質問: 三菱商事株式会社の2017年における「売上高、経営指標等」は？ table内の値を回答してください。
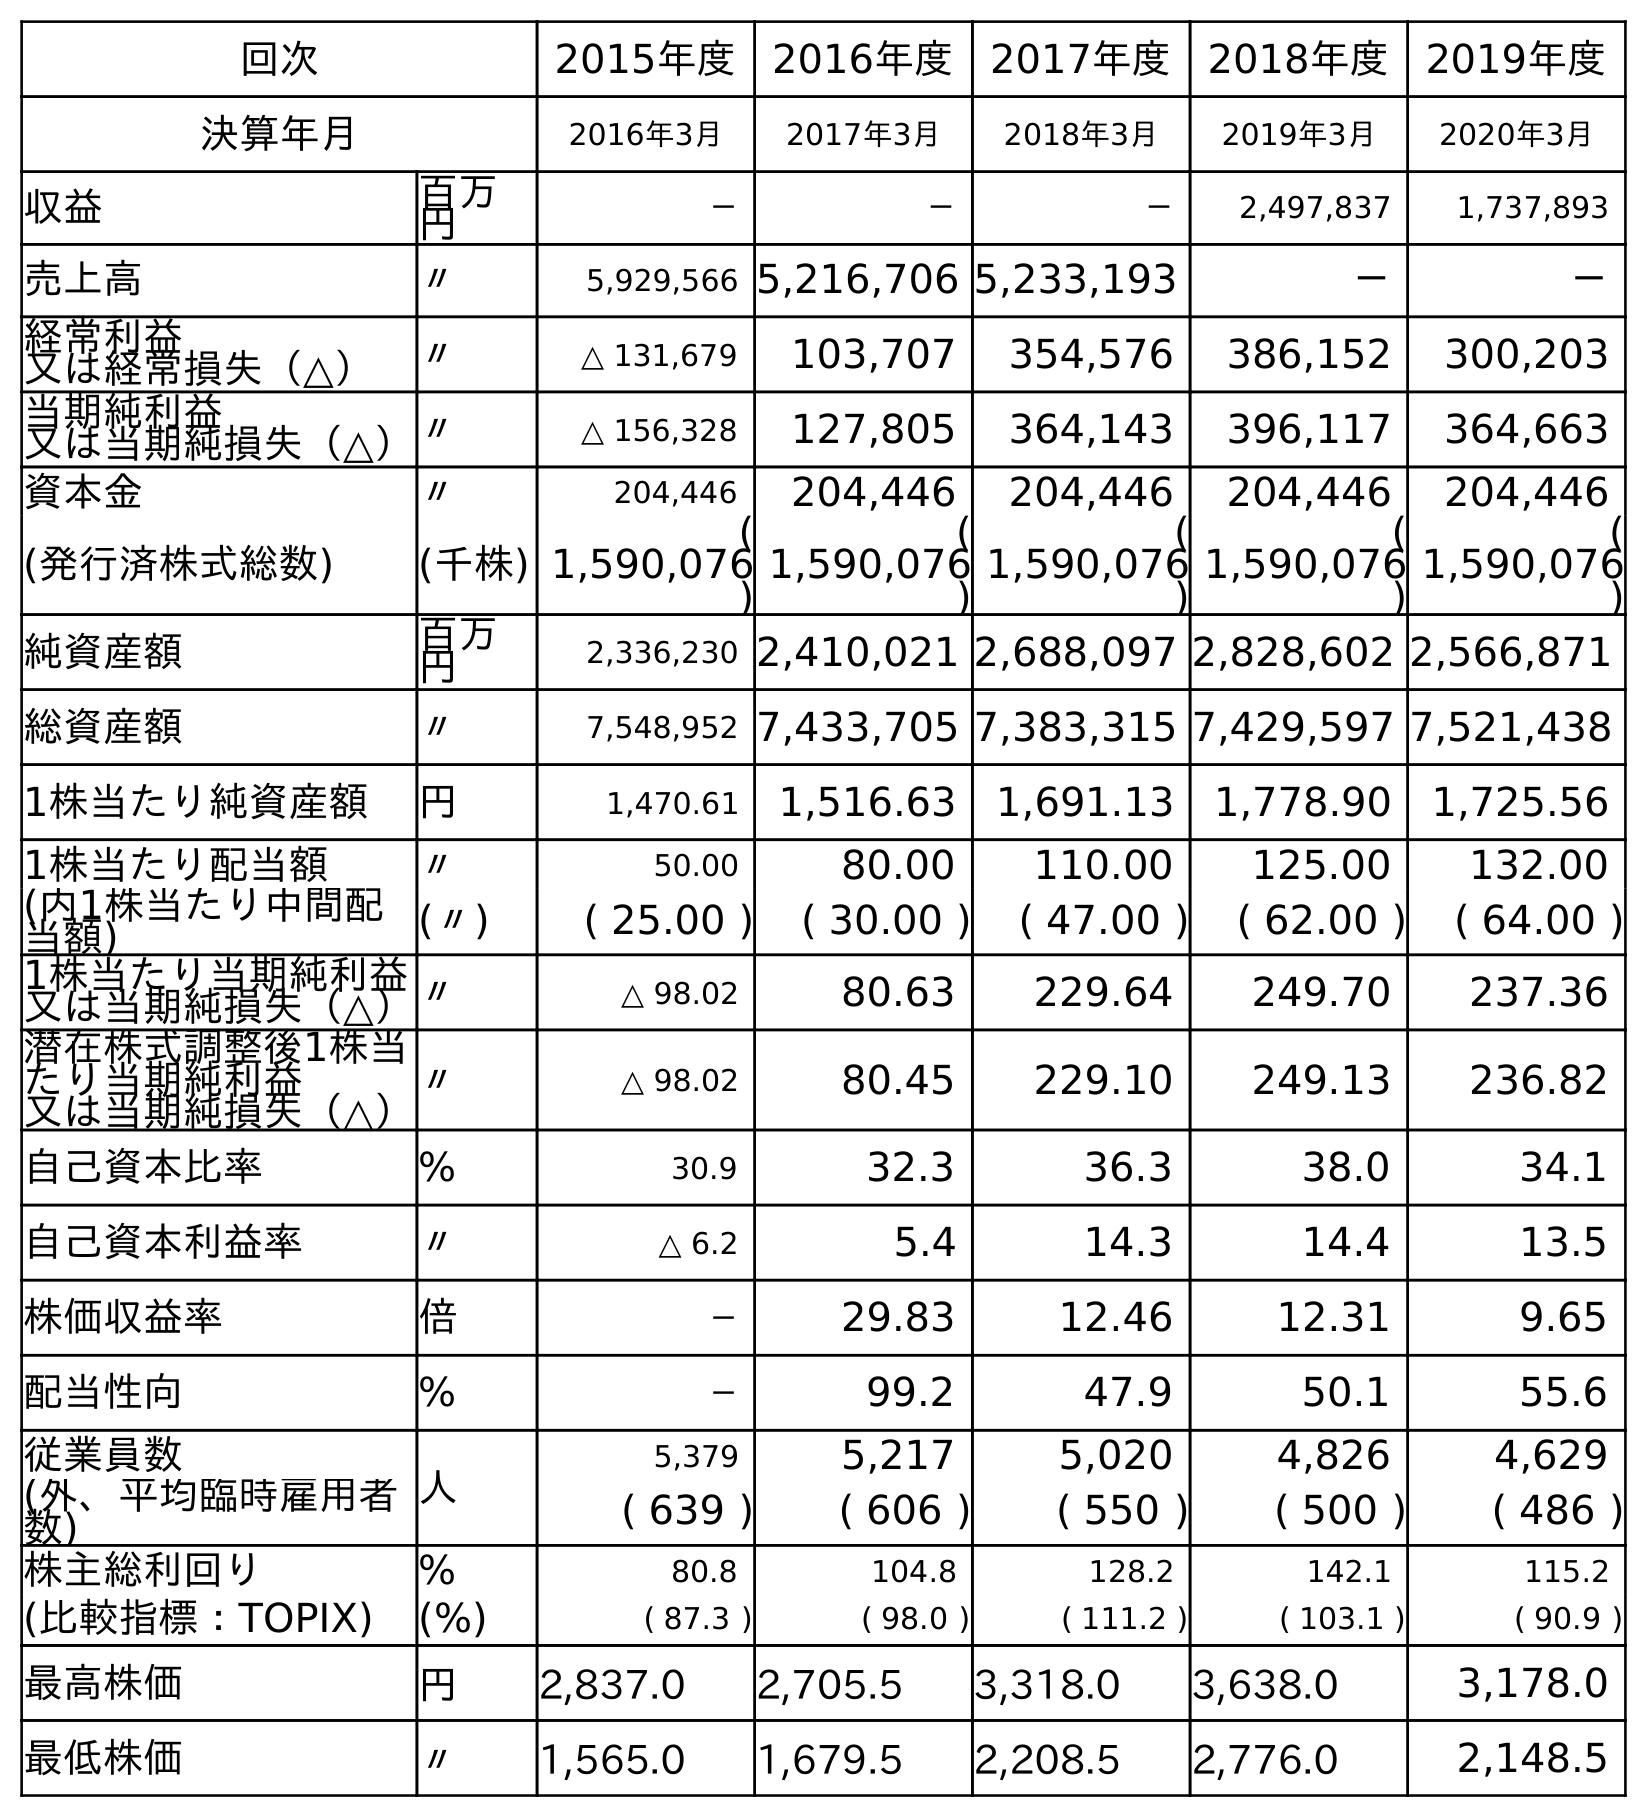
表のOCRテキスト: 回次 2015年度 2016年度 2017年度 2018年度 2019年度 決算年月 2016年3月 2017年3月 2018年3月 2019年3月 2020年3月 収益 百万 円 － － － 2,497,837 1,737,893 売上高 〃 5,929,566 5,216,706 5,233,193 － － 経常利益 又は経常損失（△） 〃 △ 131,679 103,707 354,576 386,152 300,203 当期純利益 又は当期純損失（△）〃 △ 156,328 127,805 364,143 396,117 364,663 資本金 〃 204,446 204,446 204,446 204,446 204,446 (発行済株式総数) (千株) ( 1,590,076 ) ( 1,590,076 ) ( 1,590,076 ) ( 1,590,076 ) ( 1,590,076 ) 純資産額 百万 円 2,336,230 2,410,021 2,688,097 2,828,602 2,566,871 総資産額 〃 7,548,952 7,433,705 7,383,315 7,429,597 7,521,438 1株当たり純資産額 円 1,470.61 1,516.63 1,691.13 1,778.90 1,725.56 1株当たり配当額 〃 50.00 80.00 110.00 125.00 132.00 (内1株当たり中間配 当額) (〃) ( 25.00 ) ( 30.00 ) ( 47.00 ) ( 62.00 ) ( 64.00 ) 1株当たり当期純利益 又は当期純損失（△）〃 △ 98.02 80.63 229.64 249.70 237.36 潜在株式調整後1株当 たり当期純利益 又は当期純損失（△） 〃 △ 98.02 80.45 229.10 249.13 236.82 自己資本比率 % 30.9 32.3 36.3 38.0 34.1 自己資本利益率 〃 △ 6.2 5.4 14.3 14.4 13.5 株価収益率 倍 － 29.83 12.46 12.31 9.65 配当性向 % － 99.2 47.9 50.1 55.6 従業員数 人 5,379 5,217 5,020 4,826 4,629 (外、平均臨時雇用者 数) ( 639 ) ( 606 ) ( 550 ) ( 500 ) ( 486 ) 株主総利回り % 80.8 104.8 128.2 142.1 115.2 (比較指標：TOPIX) (%) ( 87.3 ) ( 98.0 ) ( 111.2 ) ( 103.1 ) ( 90.9 ) 最高株価 円 2,837.0 2,705.5 3,318.0 3,638.0 3,178.0 最低株価 〃 1,565.0 1,679.5 2,208.5 2,776.0 2,148.5
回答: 5,216,706